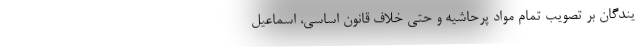
یندگان بر تصویب تمام مواد پرحاشیه و حتی خلاف قانون اساسی، اسماعیل